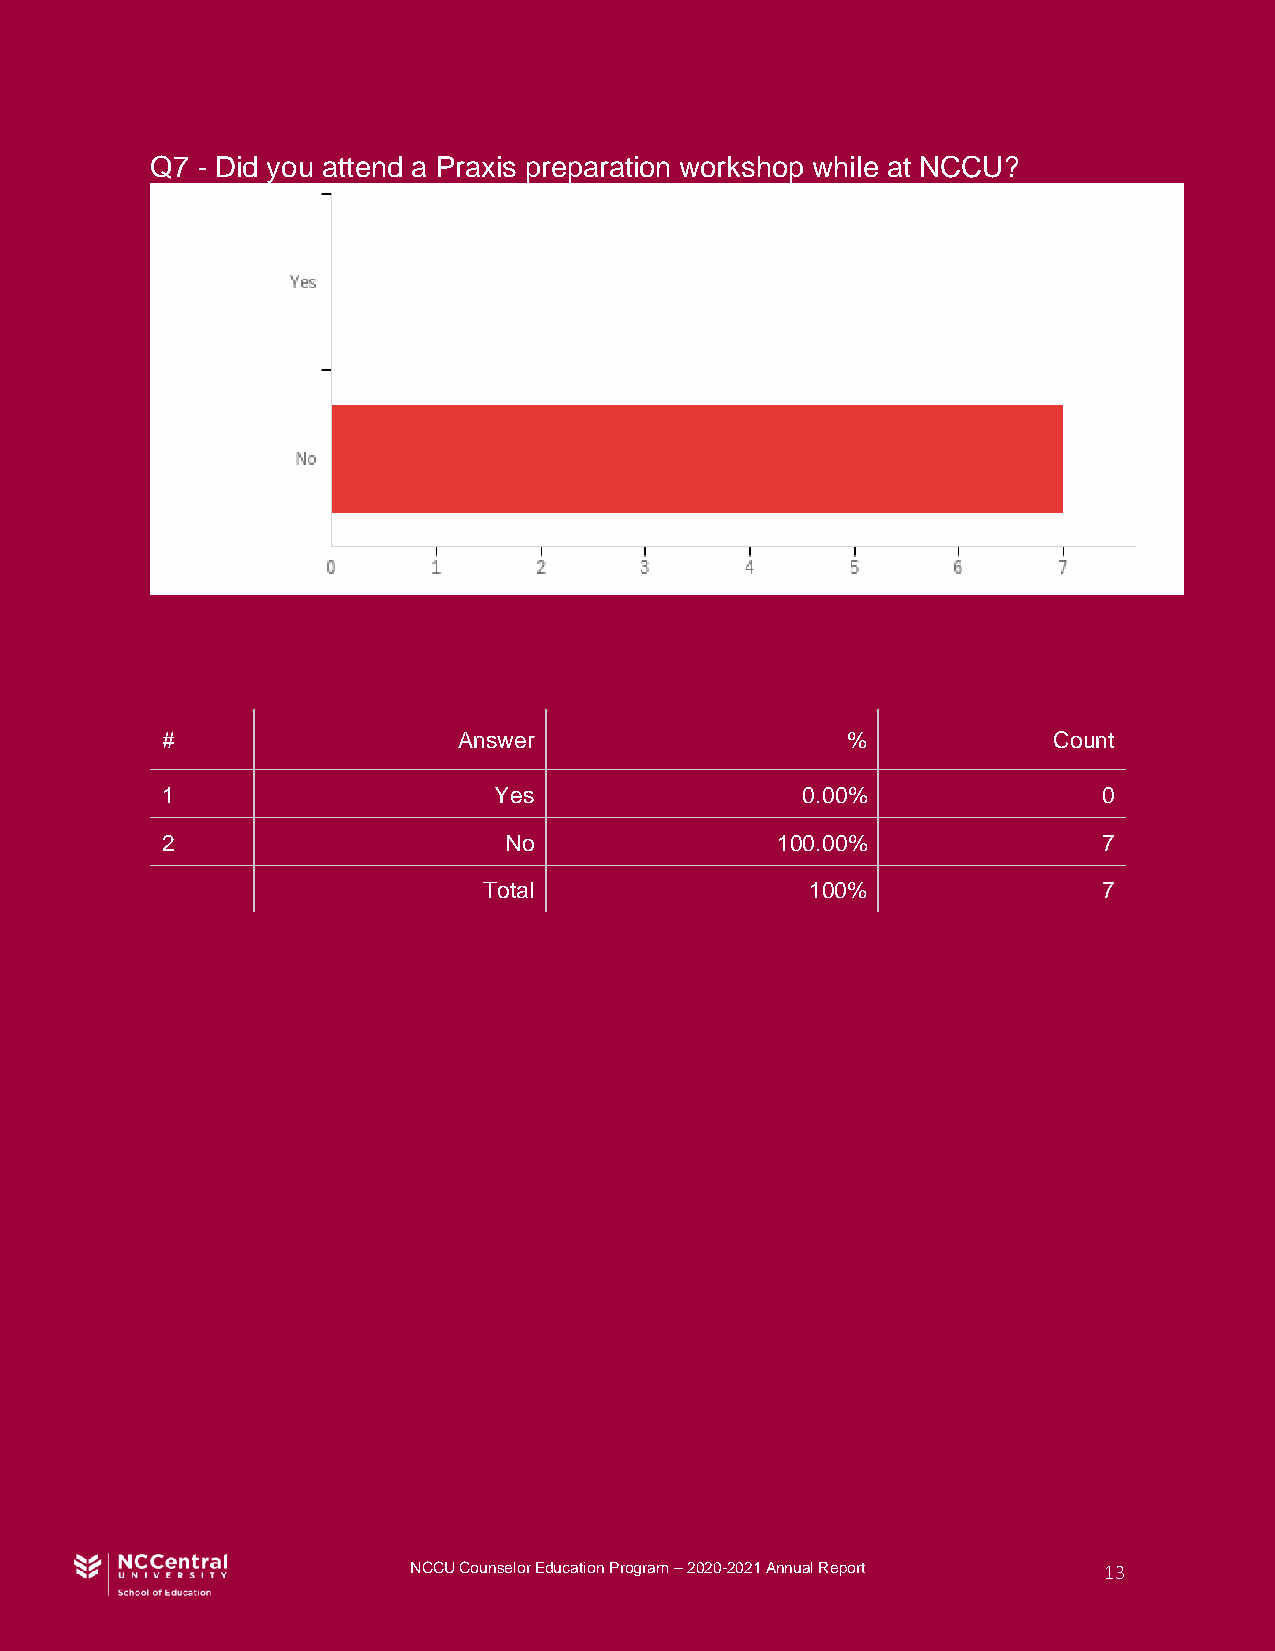
Q7 - Did you attend a Praxis preparation workshop while at NCCU?
 #                  Answer                    %             Count
 1                     Yes                 0.00%               0
 2                     No                100.00%               7
 Total                 100%               7
 NCCU Counselor Education Program – 2020-2021 Annual Report 13